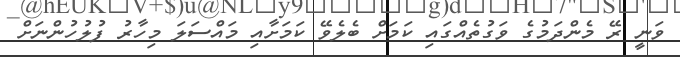
ވަނީ ރޭ މެންދަމުގެ ވަގުތެއްގައި ކަމަށް ބެލެވޭ ކަމަށާއި މައްސަލަ މިހާރު ފުލުހުންނަށް